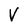
Character: V